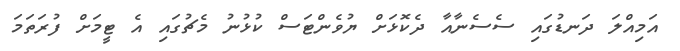
އަމިއްލަ ދަނޑުގައި ސެސެނާއާ ދެކޮޅަށް ޔުވެންޓަސް ކުޅުނު މެޗުގައި އެ ޓީމަށް ފުރަތަމަ